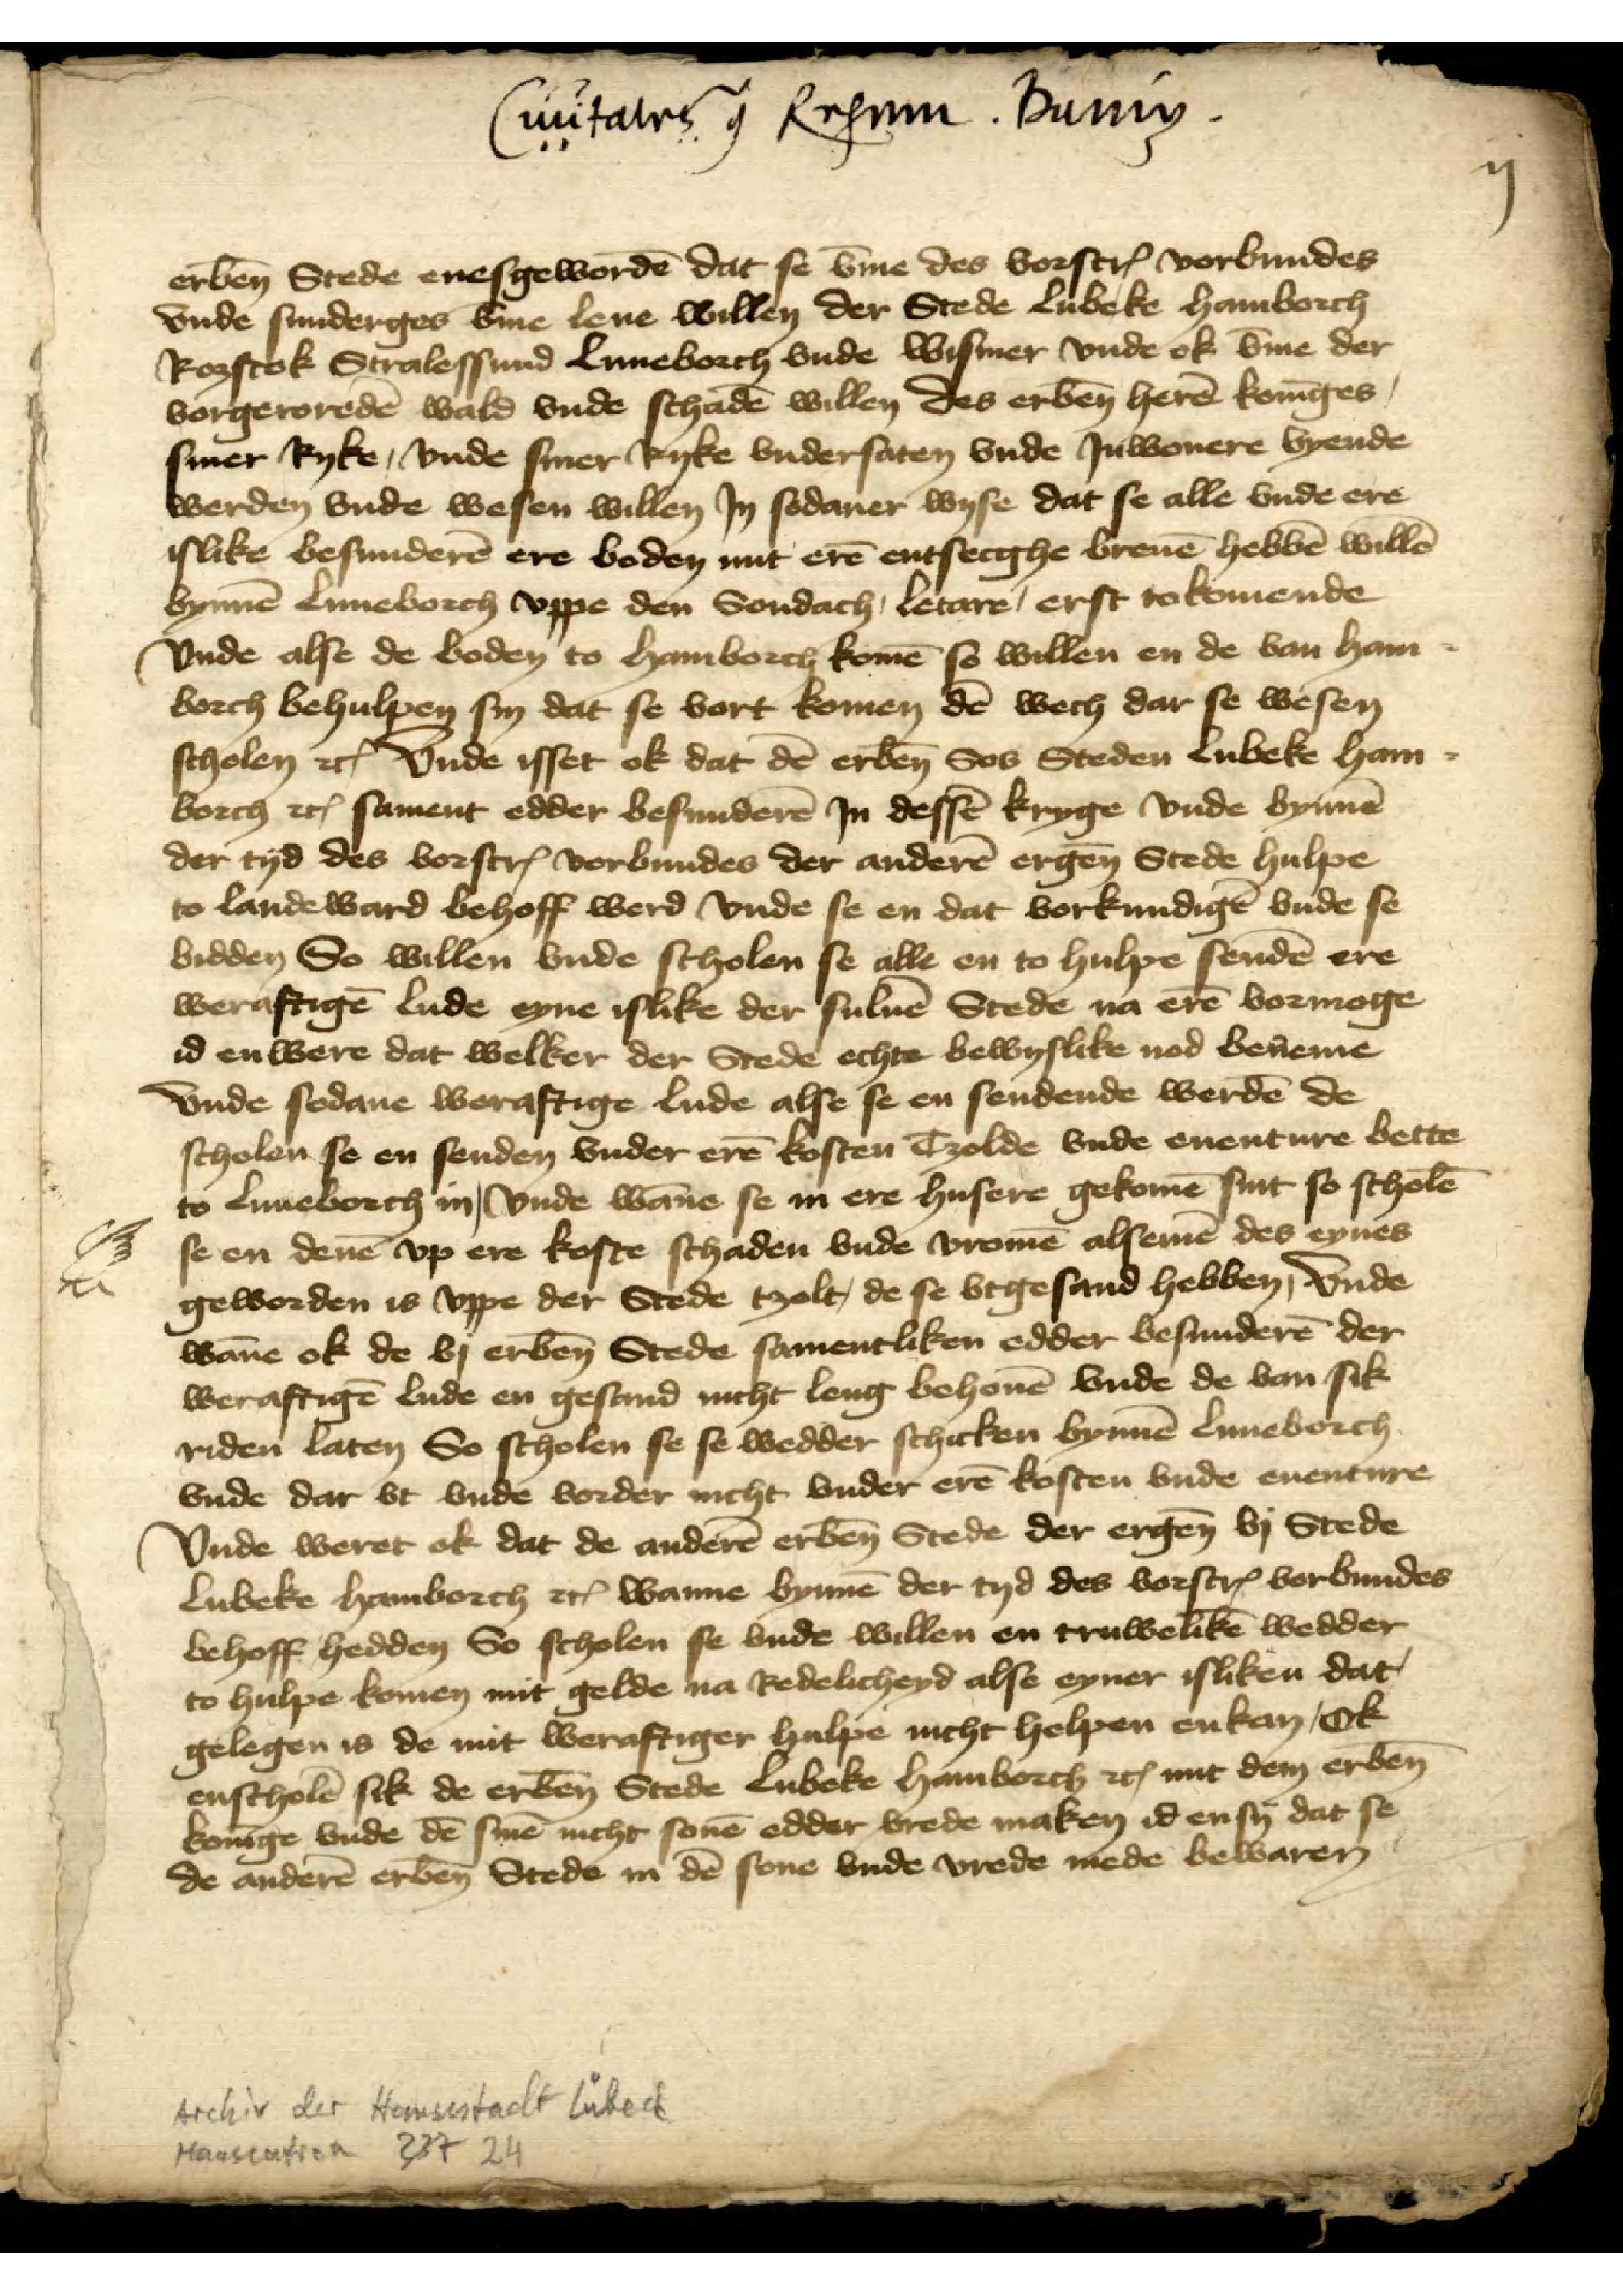
Ciuitates j Rehmu Dunig

erbenomden Stede enesgeworden dat se vmme des vorscrreuen vorbundes
vnde sunderges vmme leue willen der Stede Lubeke Hamborch
Rozstok Stralessund Luneborch vnde Wismer vnde ok vmme der
vorgeroreden wald vnde schaden willen des erbenomden heren Koninges
siner Ryke, vnde siner Ryke vndersaten vnde Jnwonere byende
werden vnde wesen willen Jn sodaner wyse dat se alle vnde ere
islike besunderen ere boden mit eren entsecghe breuen hebben willen
bynnen Luneborch vppe den Sondach, letare erst tokomende
vnde alse de boden to Hamborch komen so willen en de van Ham¬
borch behulpen sin dat se vort komen den wech dar se wesen
scholen etcetera vnde isset ok dat den erbenomden Sos Steden Lubeke Ham¬
borch etcetera sament edder besunderen Jn desse kryge vnde bynnen
der tyd des vorscreuen vorbundes der anderen ergenomden Stede hulpe
to lande ward behoff werd vnde se en dat vorkundigen vnde se
bidden So willen vnde scholen se alle en to hulpe senden ere
weraftigen lude eyne islike der suluen Stede na eren vormoge
id en were dat welker der Stede echte bewyslike nod beneme
vnde sodane weraftige lude alse se en sendende werden de
scholen se en senden vnder eren kosten Tzolde vnde euenture bette
to Luneborch in vnde wanne se in ere husere gekomen sint so scholen
se en denne vp ere koste schaden vnde vromen alsemen des eynes
geworden is vppe der Stede tzolt, de se vtgesand hebben, vnde
wanne ok de by erbenomden Stede samentliken edder besunderen der
weraftigen lude en gesand nicht leng behouen vnde de van sik
riden laten So scholen se se wedder schicken bynnen Luneborch
vnde dar vt vnde vorder nicht vnder eren kosten vnde euenture
Vnde weret ok dat de anderen erbenomden Stede der ergenomden vj Stede
Lubeke Hamborch etcetera wanne bynnen der tyd des vorscrreuen vorbundes
behoff hedden So scholen se vnde willen en truweliken wedder
to hulpe komen mit gelde na Redelicheyd alse eyner isliken dat
gelegen is de mit weraftiger hulpe nicht helpen enkan, ok
enscholen sik de erbenomden Stede Lubeke Hamborch etcetera mit dem erbenomden
koninge vnde den sinen nicht sonen edder vrede maken id en sy dat se
de anderen erbenomden Stede in den sone vnde vrede mede bewaren

ij